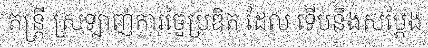
តន្ត្រី ស្រឡាញ់ការច្នៃប្រឌិត ដែល ទើបនឹងសម្តែង